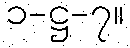
၁-ဋ္ဌ-၇။